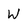
Character: W